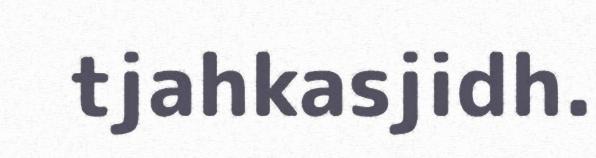
tjahkasjidh.